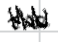
Text: the
Cross-out: zig-zag
Writing tool: digital_black